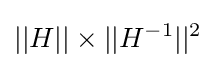
||H||\times ||H^{-1}||^{2}